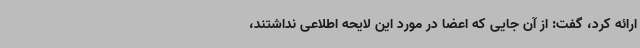
ارائه کرد، گفت: از آن جایی که اعضا در مورد این لایحه اطلاعی نداشتند،